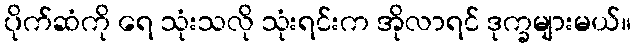
ပိုက်ဆံကို ရေ သုံးသလို သုံးရင်းက အိုလာရင် ဒုက္ခများမယ်။